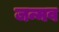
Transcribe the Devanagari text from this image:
जन्मव